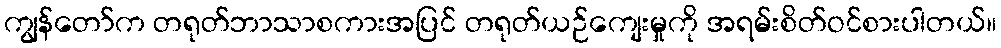
ကျွန်တော်က တရုတ်ဘာသာစကားအပြင် တရုတ်ယဉ်ကျေးမှုကို အရမ်းစိတ်ဝင်စားပါတယ်။